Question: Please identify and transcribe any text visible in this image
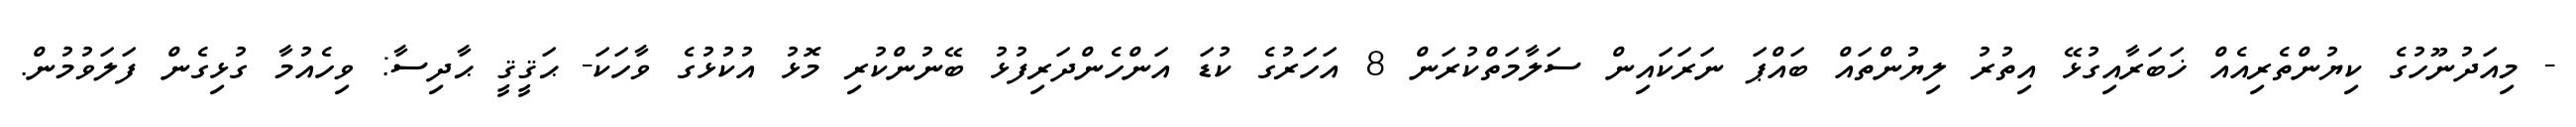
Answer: - މިއަދުނޫހުގެ ކިޔުންތެރިއެއް ޚަބަރާއިގުޅޭ އިތުރު ލިޔުންތައް ބައްޕަ ނަރަކައިން ސަލާމަތްކުރަން 8 އަހަރުގެ ކުޑަ އަންހެންދަރިފުޅު ބޭނުންކުރި މޮޅު އުކުޅުގެ ވާހަކަ- ޙަޤީޤީ ޙާދިސާ: ވިހެއުމާ ގުޅިގެން ފަލަވުމުން.